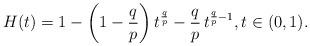
LaTeX: \begin{align*}H(t) = 1-\left(1-\frac q p\right)t^{\frac q p} - \frac q p\, t^{\frac q p -1},t\in(0,1).\end{align*}